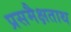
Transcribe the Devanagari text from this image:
प्रसमैक्षताथ